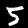
Digit: 5